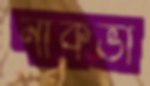
নাকভী